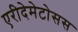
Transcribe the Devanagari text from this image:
एरीदेमेटोसस